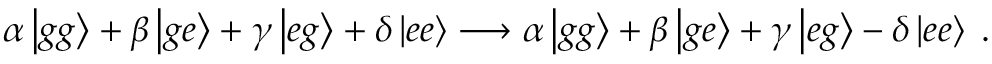
\alpha \left| g g \right\rangle + \beta \left| g e \right\rangle + \gamma \left| e g \right\rangle + \delta \left| e e \right\rangle \longrightarrow \alpha \left| g g \right\rangle + \beta \left| g e \right\rangle + \gamma \left| e g \right\rangle - \delta \left| e e \right\rangle \; .